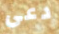
دعى